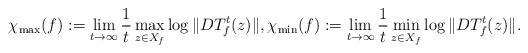
LaTeX: \begin{align*}\chi_{\max}(f):=\lim_{t\to\infty}\frac{1}{t}\max_{z\in X_{f}}\log\|DT_{f}^{t}(z)\|,\chi_{\min}(f):=\lim_{t\to\infty}\frac{1}{t}\min_{z\in X_{f}}\log\|DT_{f}^{t}(z)\|.\end{align*}